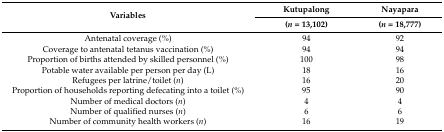
<table><thead><tr><td rowspan="2"><b>Variables</b></td><td><b>Kutupalong</b></td><td><b>Nayapara</b></td></tr><tr><td><b>(<i>n</i> = 13,102)</b></td><td><b>(<i>n</i> = 18,777)</b></td></tr></thead><tbody><tr><td>Antenatal coverage (%)</td><td>94</td><td>92</td></tr><tr><td>Coverage to antenatal tetanus vaccination (%)</td><td>94</td><td>94</td></tr><tr><td>Proportion of births attended by skilled personnel (%)</td><td>100</td><td>98</td></tr><tr><td>Potable water available per person per day (L) </td><td>18</td><td>16</td></tr><tr><td>Refugees per latrine/toilet (<i>n</i>)</td><td>16</td><td>20</td></tr><tr><td>Proportion of households reporting defecating into a toilet (%)</td><td>95</td><td>90</td></tr><tr><td>Number of medical doctors (<i>n</i>)</td><td>4</td><td>4</td></tr><tr><td>Number of qualified nurses (<i>n</i>)</td><td>6</td><td>6</td></tr><tr><td>Number of community health workers (<i>n</i>)</td><td>16</td><td>19</td></tr></tbody></table>